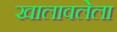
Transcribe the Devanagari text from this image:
खालावलेला